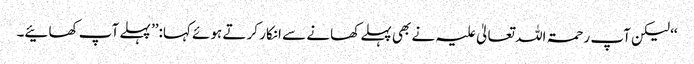
‘‘ لیکن آپ رحمۃ اللہ تعالیٰ علیہ نے بھی پہلے کھانے سے انکار کر تے ہوئے کہا:’’ پہلے آپ کھائیے۔